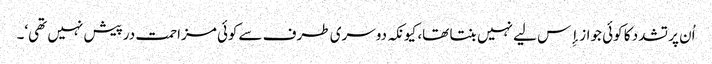
اُن پر تشدد کا کوئی جواز إِس لیے نہیں بنتا تھا، کیونکہ دوسری طرف سےکوئی مزاحمت درپیش نہیں تھی‘۔